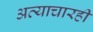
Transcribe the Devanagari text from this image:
अत्याचारही